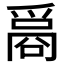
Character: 𤔦